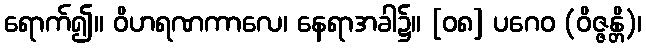
ရောက်၍။ ဝိဟရဏကာလေ၊ နေရာအခါ၌။ [၀၈] ပဂေဝ (ဝိဇ္ဇန္တိ)၊